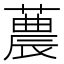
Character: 蕽